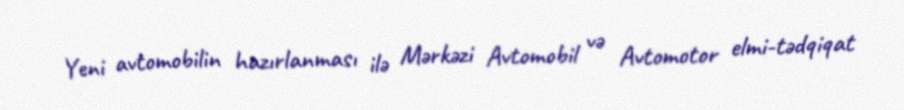
Yeni avtomobilin hazırlanması ilə Mərkəzi Avtomobil və Avtomotor elmi-tədqiqat